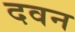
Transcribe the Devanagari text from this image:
दवन